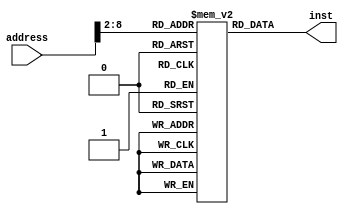
module InstMem(
       input wire [31:0] address,
       output reg [31:0]	inst );
	
reg [31:0] Mem [0:127];   // init of memory
	
initial 
   begin
     Mem[0]='h00221820;   //add: R3, R1, R2   28
 //    Mem[1]='h00622020;   //add: R4, R3, R2     48 
     Mem[1]='hAC010000;   //sw: R1, 0(R0)
     Mem[2]='h8C240000;   //lw R4, 0(R1)
//     Mem[3]='h00811820;  //add R3,R4,R1
     Mem[3]='h10210001;   //beq R1, R1, +8 //Branch taken 
	   Mem[4]='h00001820;   //add R3, R0, R0 ////This instruction will be skipped because of branch taken
     Mem[5]='h00411822;  // sub R3, R2, R1	
     
	 end
	 
always @ (*)
     begin
		   inst = Mem[address[31:2]];
	   end
endmodule